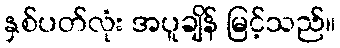
နှစ်ပတ်လုံး အပူချိန် မြင့်သည်။